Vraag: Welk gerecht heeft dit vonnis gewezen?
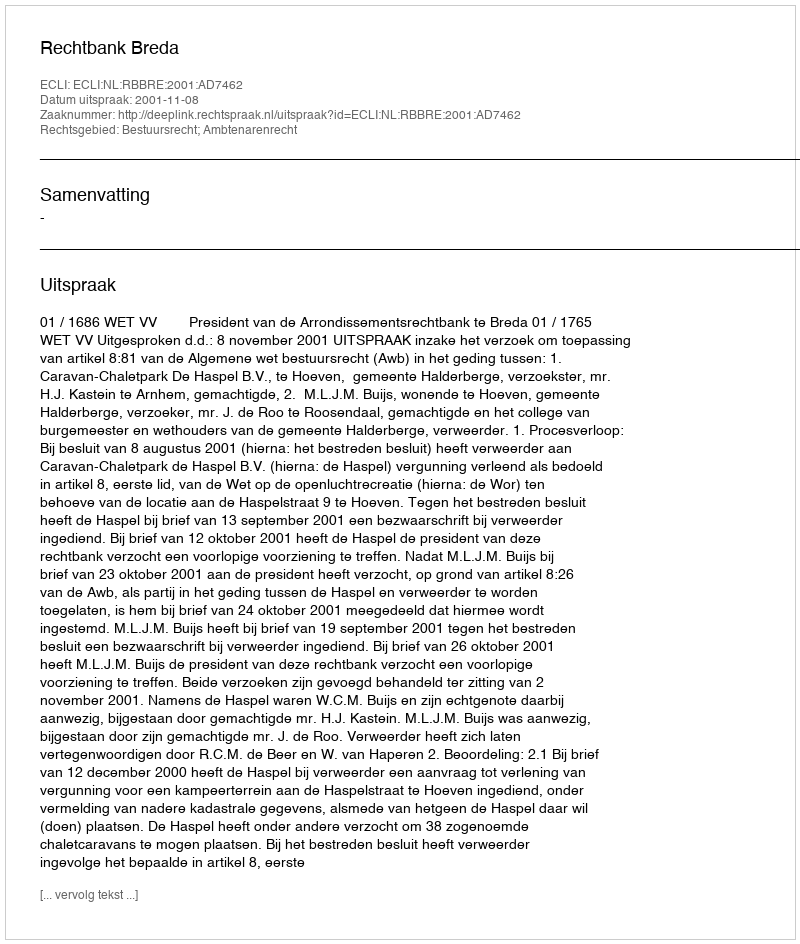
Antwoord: Rechtbank Breda